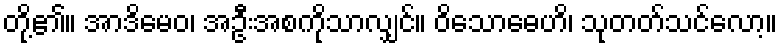
တို့၏။ အာဒိမေဝ၊ အဦးအစကိုသာလျှင်။ ဝိသောဓေဟိ၊ သုတတ်သင်လော့။